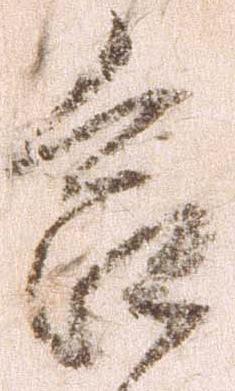
合